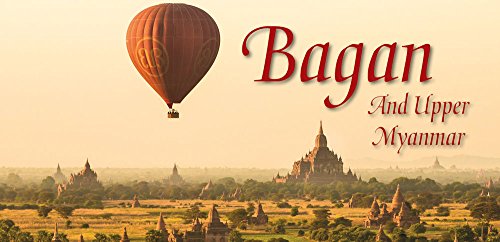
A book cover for Bagan and Upper Myanmar; Caroline Courtauld; Travel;